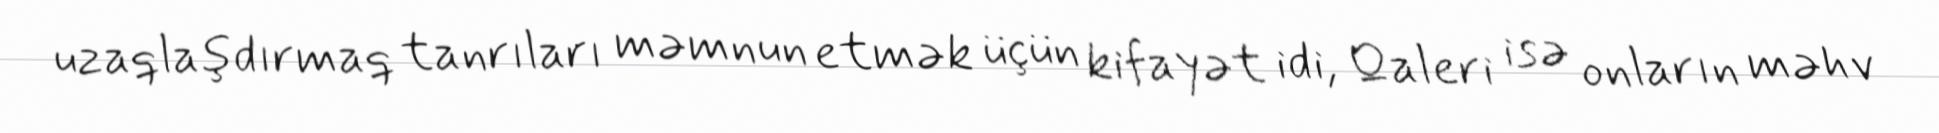
uzaqlaşdırmaq tanrıları məmnun etmək üçün kifayət idi, Qaleri isə onların məhv